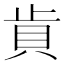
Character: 𰶵